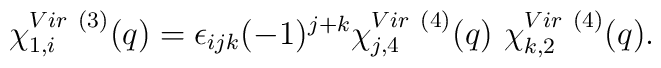
\chi^{Vir~(3)}_{1,i} (q) = \epsilon_{ijk} (-1)^{j+k}\chi^{Vir~(4)}_{j,4} (q)~\chi^{Vir~(4)}_{k,2} (q).